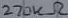
Text: 270kΩ